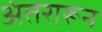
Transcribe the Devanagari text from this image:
अंतरारून